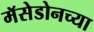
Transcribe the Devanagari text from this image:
मॅसेडोनच्या